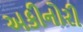
અકીનોરી